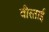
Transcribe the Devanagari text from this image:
वीरताई